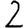
Digit: 2